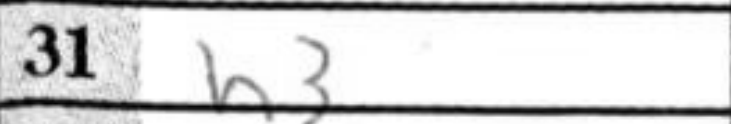
Transcription: h3